Annual report of the Punjab Veterinary College and of the Civil Veterinary Department, Punjab - 1909-1919
Year: 1909
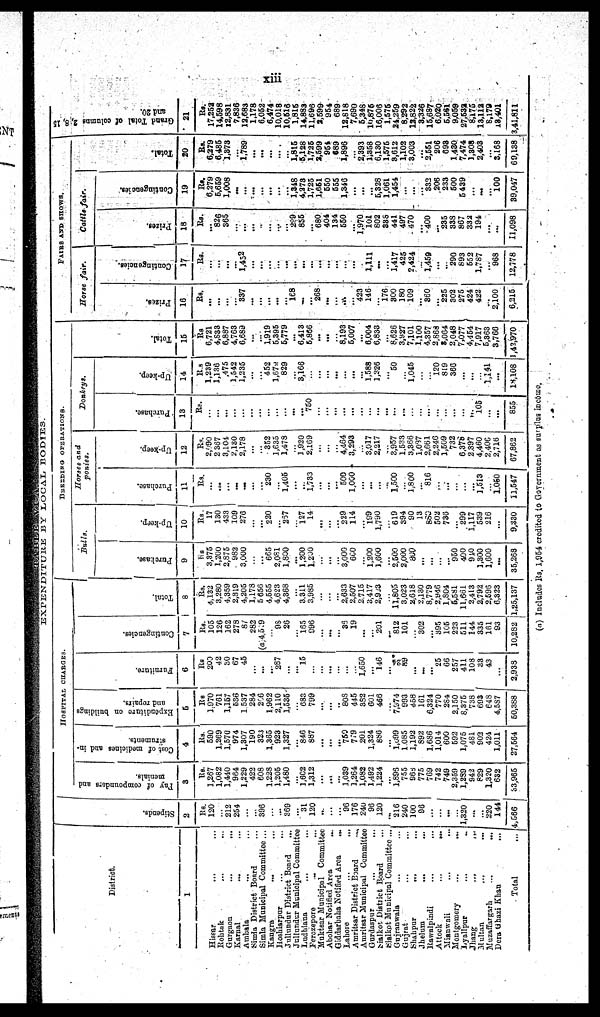
xiii
EXPENDITURE
BY
LOCAL
BODIES.
District.
1
Hissar ... ...
Rohtak ... ...
Gurgaon
...
...
Karnal ... ...
Ambala … …
Simla District Board ...
Simla Municipal Committee ...
Kangra
…
…
Hoshiarpur … …
Jullundur District Board
...
Jullundur Municipal Committee
Ludhiana … …
Ferozepore … …
Muktsar Municipnl
Committee
Abohar Notified Area ...
Giddarbaha Notified Area
...
Lahore … …
Amritsar District Board
...
Amritsar Municipal Committee
Gurdaspur … …
Sialkot District Board ...
Sialkot Municipal Committee ...
Gujranwala … …
Gujrat … …
Shahpur
... ...
Jhelum
... ...
Rawalpindi ... ...
Attock
...
...
Mianwali … …
Montgomery
...
...
Lyallpur … …
Jhang
…
…
Multan … …
Muzaffargarh
...
...
Dera Ghazi Khan
...
Total
...
St i
pends.
2
Rs.
120
...
212
254
...
...
396
...
...
369
...
31
120
...
...
...
96
176
240
96
120
...
216
240
100
96
...
...
...
...
1,320
...
...
220
144
4,566
HOSPITAL
CHARGES.
Pay
of compounders and
menials.
3
Rs.
1,267
1,082
1,440
964
1,229
422
608
1.228
1,205
1,480
...
1,602
1,312
...
...
...
1,039
1,264
1,082
1,492
1,224
...
1,896
755
965
775
769
742
749
2,359
1,289
942
829
1,320
632
33,965
Cost of medicines and in-
struments.
4
Rs.
590
1,269
1,570
974
1,307
190
323
1,365
923
1,327
...
846
887
...
...
...
759
779
201
1,324
886
...
1,099
1.085
1,192
892
1,686
1,014
600
592
1,075
481
902
424
1,011
27,564
Expenditure on buildings
and repairs.
5
Rs
1,970
761
1,157
636
1,537
284
266
1,962
2,110
1,535
...
683 799
...
...
...
808
445
382
601
466
...
7,974
993
458
161
6,324
770
284
2,150
8,375
738
693
648
4,587
50,388
Furniture.
6
Rs
200
42
30
67
45
...
...
...
287
...
...
15
...
...
...
...
...
...
1,650
...
146
...
24
89
...
...
...
25
66
257
411
108
33
43
...
3,938
Contingencies.
7
Rs.
105
126
162
278
87
282
(a) 4,519
...
93
26
...
165
996
...
...
...
36
19
...
...
201
...
812
101
...
302
...
395
105
223
511
144
335
161
93
10,282
Tot al .
8
Rs.
4,132
3,280
4,359
2,819
4,205
1,178
5,656
4,555
4,623
4,368
...
3,311
3,985
...
...
...
2,633
2,507
2,715
3,417
2,923
...
11,805
3,023
2,618
2,130
8,779
2,946
1,804
5,581
11,661
2,413
2,792
2,596
6,323
1,25,137
BREEDING OPERATIONS.
Bulls.
Purchase.
9
Rs.
3,375
1,200
2,875
982
3,000
...
...
665
2,081
1,800
...
1,200
1,200
...
...
...
3,000
600
... 1,200
1,600
...
2,500
2,000
800
...
...
...
...
950
400
940
1,300
1,600
...
35,263
Up-keep.
10
Rs.
17
130
433
109
276
...
...
220
...
237
...
127
14
...
...
...
229
114
... 199
1,790
...
619
394
90
13
880
502
736
...
299
1,117
539
216
...
9,330
Horses and
ponies.
Purchase.
11
Rs.
...
...
...
...
...
...
...
230
...
1,405
...
...
1,733
...
...
...
500
1,000
...
...
...
...
1,500
... 1,800
... 816
...
...
...
...
...
1,513
...
1,050
11,547
U
p-keep.
12
Rs.
2,690
2 367
3,104
2,130
2,178
...
...
352
1,635
1,478
...
1,920
2,169
...
...
...
4,464
3,293
... 3,017
2,217
...
3,957
1,533
3,366
1,037
2,661
2,246
1,509
732
6,378
2.397
4,460
2,406
2,716
67,862
Donkeys.
Purchase.
13
Rs.
...
...
...
...
...
...
...
...
...
...
...
... 750
...
...
...
...
...
...
...
...
...
...
...
...
...
...
...
...
...
...
...
105
...
...
855
Up-keep.
14
Rs.
1,239
1,136
475
1,542
1,235
...
...
452
1,672
829
...
3,166
...
...
...
...
...
...
... 1,588
1,226
...
50
... 1,045
...
...
120
819
366
...
...
...
1,141
...
18,108
Tot al .
15
Rs
6,721
4,833
6,887
4,763
6,689
...
1,919
5,395
5,779
...
6,413
5,856
...
...
...
8,193
5,007
...
6,004
6,833
8,626
3,927
7,101
1,100
4,357
2,868
3,064
2,048
7,077
4,454
7,917
5,363
3,760
1,42,970
FAIRS
AND
SHOWS.
Horse
fair.
Prizes.
16
Rs.
...
...
...
... 337
...
...
...
...
...
168
...
...
268
...
...
...
...
423
146
176
300
180
109
... 360
...
225
302
275
424
422
...
2,100
6,215
Contingencies.
17
Rs.
...
...
...
...
1,452
...
...
...
...
...
...
...
...
...
...
...
...
...
... 1,111
...
...
1,417
425
2,424
...
1,459
...
...
290
893
652
1.787
...
968
12,778
Cattle-fair.
Prizes.
18
Rs.
...
826
365
...
...
...
..
...
...
...
299
855
...
680
404
134
550
...
1,970
101
802
338
441
497
470
... 400
...
235
338
867
332
194
...
...
11,098
Contingencies.
19
Rs.
6,279
5,659
1,008
...
...
...
...
...
...
...
1,348
4,273
1,725
1,651
550
555
1,346
...
...
...
5,328
1,061
1,454
...
...
... 332
206
233
500
5439
...
...
...
100
39,047
Tot al .
20
Rs.
6,279
6.485
1,873
...
1,789
...
...
...
...
...
1,815
5,128
1,725
2,599
954
689
1,896
...
2,393
1,358
6,130
1,575
3,612
1,102
3,003
...
2,551
206
693
1,430
7,474
1,308
2,403
...
3,168
69,138
Grand Total of columns 2, 8,15
and 20.
21
Rs.
17,252
14,598
12,831
7,836
12,683
1,178
6,052
6,474
10,018
10,516
1,815
14,883
11,696
2,599
954
689
12,818
7,690
5,348
10,876
16,006
1,575
24,259
8,292
13,822
3,326
15,687
6,020
5,561
9,059
27,532
8,175
13,112
8,179
18,401
3,41,811
(a) Includes Rs. 1,954 credited to Government as surplus income.